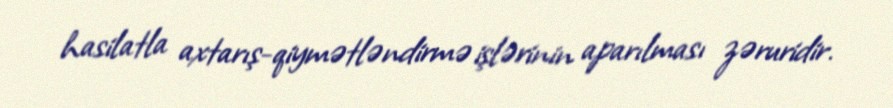
hasilatla axtarış-qiymətləndirmə işlərinin aparılması zəruridir.